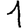
Digit: 1